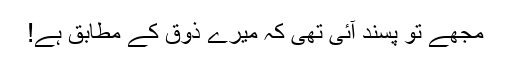
مجھے تو پسند آئی تھی کہ میرے ذوق کے مطابق ہے!